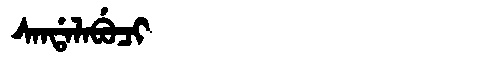
Manchu: ᠰᠠᠨᡩᠠᠯᠠᠪᡠᠴᡳ
Romanization: SANDALABUCI